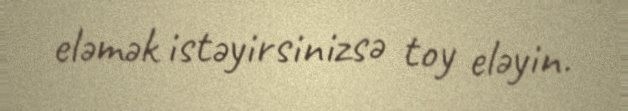
eləmək istəyirsinizsə toy eləyin.